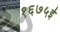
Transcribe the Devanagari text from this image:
१६७५ई